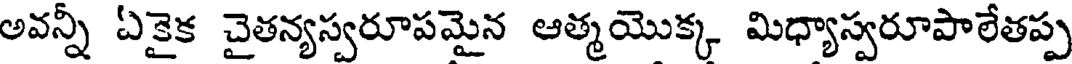
అవన్నీ ఏకైక చైతన్యస్వరూపమైన ఆత్మయొక్క మిధ్యాస్వరూపాలేతప్ప